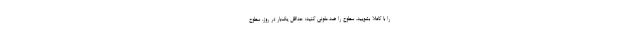
را با کاملاً بشویید. سطوح را ضدعفونی کنید: حداقل یک‌بار در روز، سطوح